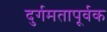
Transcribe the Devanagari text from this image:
दुर्गमतापूर्वक